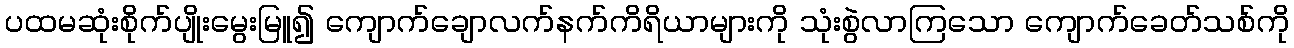
ပထမဆုံးစိုက်ပျိုးမွေးမြူ၍ ကျောက်ချောလက်နက်ကိရိယာများကို သုံးစွဲလာကြသော ကျောက်ခေတ်သစ်ကို